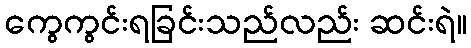
ကွေကွင်းရခြင်းသည်လည်း ဆင်းရဲ။